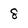
Character: 8